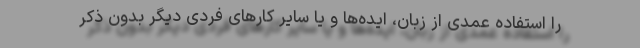
را استفاده عمدی از زبان، ایده‌ها و یا سایر کارهای فردی دیگر بدون ذکر